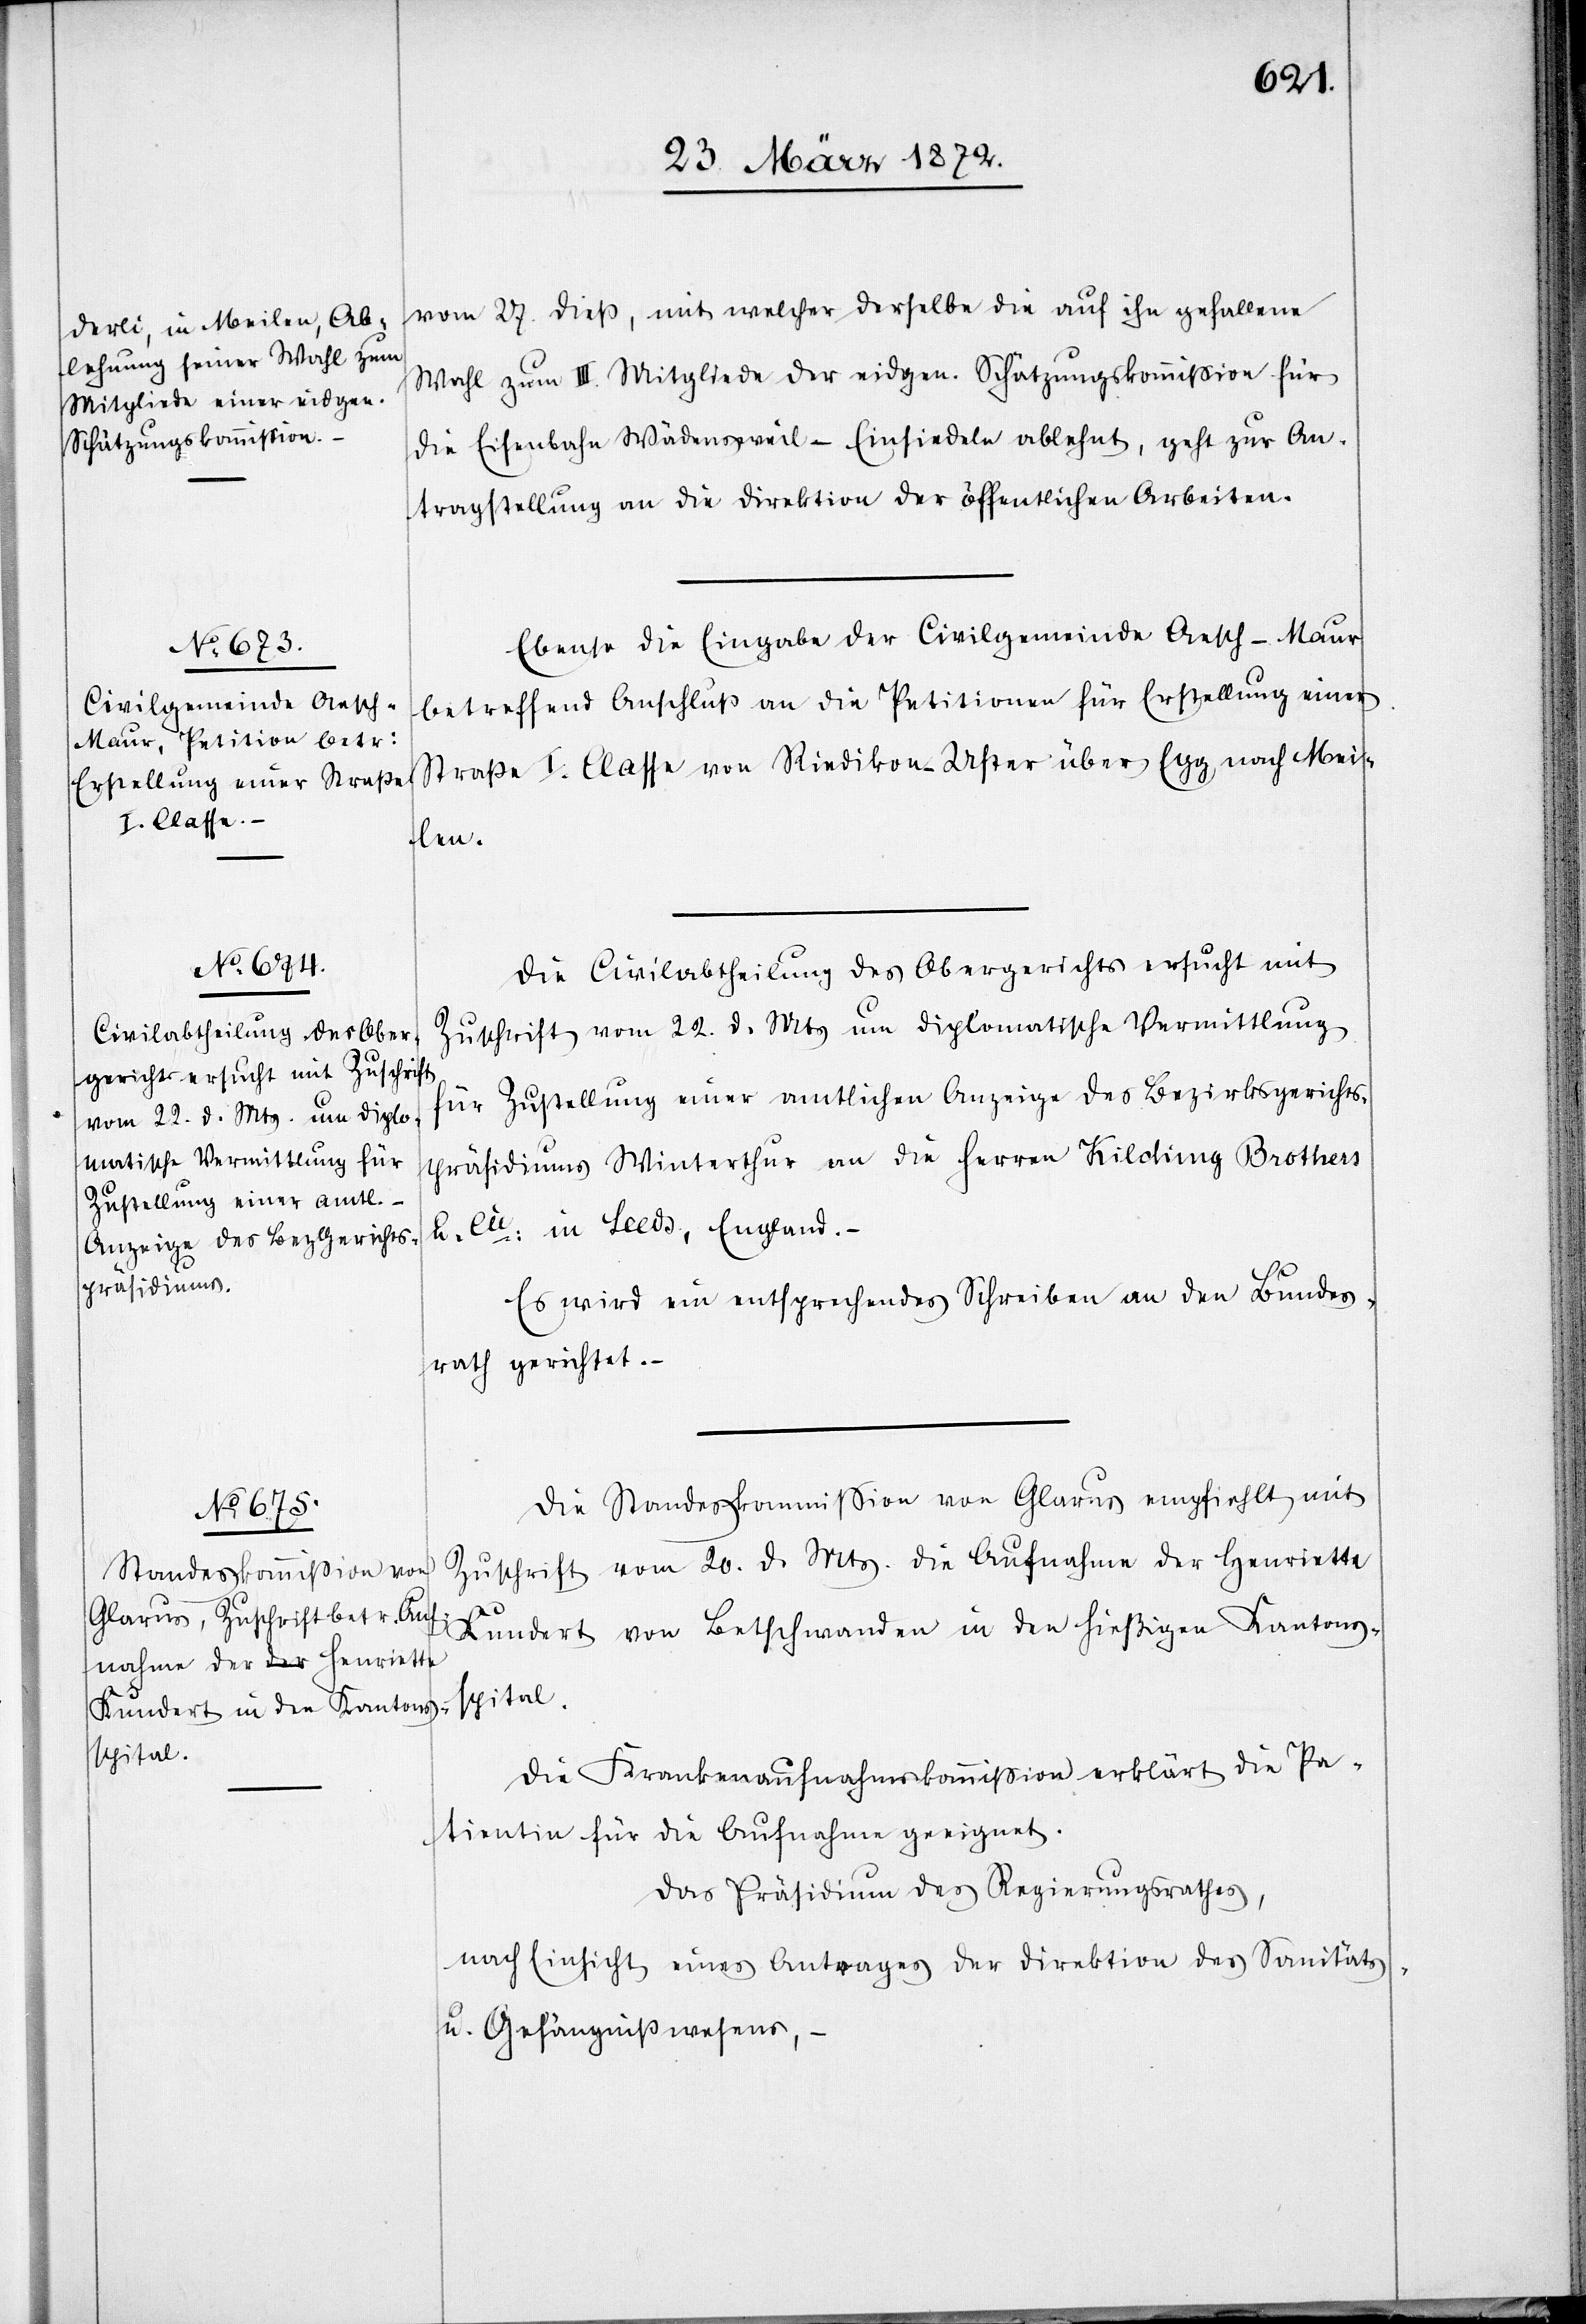
vom 27. dieß, mit welcher derselbe die auf ihn gehaltene
Wahl zum III. Mitglied der eidgen. Schätzungskommission für
die Eisenbahn Wädensweil–Einsiedeln ablehnt, geht zur An¬
tragstellung an die Direktion der öffentlichen Arbeiten.
Ebenso die Eingabe der Civilgemeinde Aesch-Maur
betreffend Anschluß an die Petitionen für Erstellung einer
Straße I. Classe von Riedikon-Uster über Egg nach Mei¬
len.
Die Civilabtheilung des Obergerichts ersucht mit
Zuschrift vom 22. d. Mts um diplomatische Vermittlung
für Zustellung einer amtlichen Anzeige des Bezirksgerichts¬
präsidiums Winterthur an die Herren Kildi[n]g Brothers
u. Cie: in Leeds, England.
Es wird ein entsprechendes Schreiben an den Bundes¬
rath gerichtet.
Die Standeskommission von Glarus empfiehlt mit
Zuschrift vom 20. d. Mts. die Aufnahme der Henrietta
Kundert von Betschwanden in den hiesigen Kantons¬
spital.
Die Krankenaufnahmskommission erklärt die Pa¬
tientin für die Aufnahme geeignet.
Das Präsidium des Regierungsrathes,
nach Einsicht eines Antrages der Direktion des Sanitäts-
u. Gefängnißwesens, –